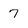
Character: 7